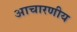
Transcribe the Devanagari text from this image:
आचारणीय